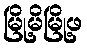
မြို့မိမြို့ဖ